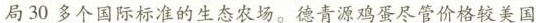
局30多个国际标准的生态农场。德青源鸡蛋尽管价格较美国